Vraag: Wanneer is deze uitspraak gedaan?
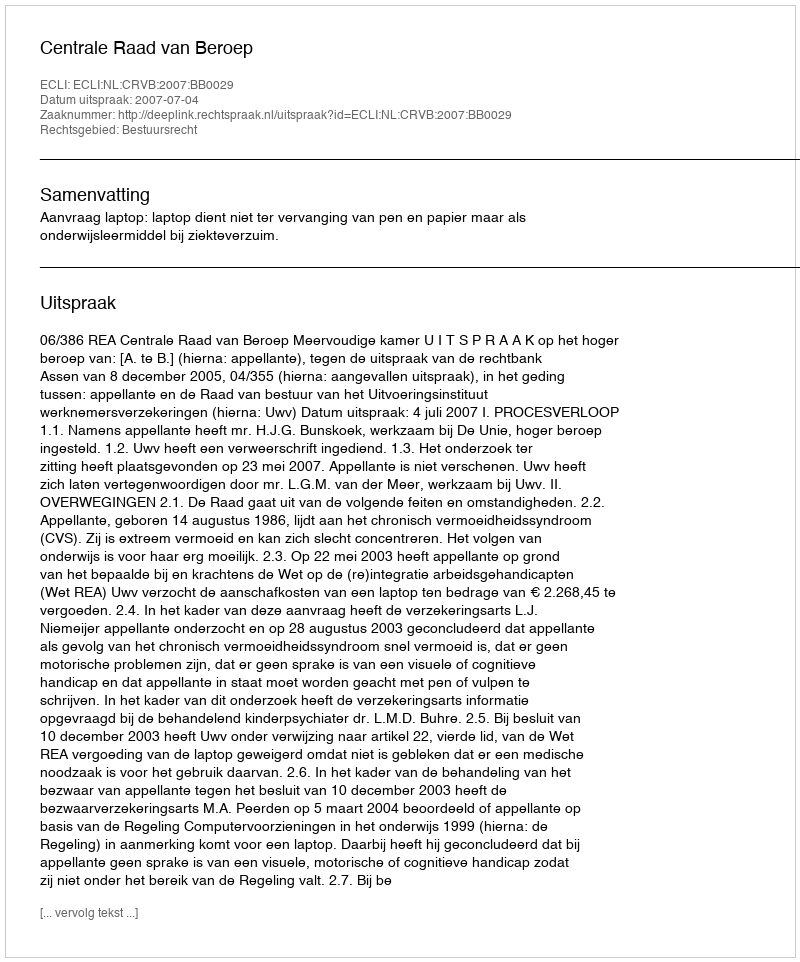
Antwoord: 2007-07-04